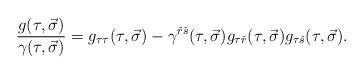
LaTeX: \begin{align*}{{g(\tau ,\vec \sigma )}\over {\gamma (\tau ,\vec \sigma )}}=g_{\tau\tau}(\tau ,\vec \sigma )-\gamma^{{\check r}{\check s}}(\tau ,\vec \sigma )g_{\tau {\check r}}(\tau ,\vec \sigma )g_{\tau {\check s}}(\tau ,\vec \sigma ).\end{align*}